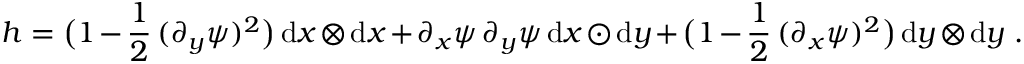
h = \big ( 1 - \frac 1 2 \, ( \partial _ { y } \psi ) ^ { 2 } \big ) \, \mathrm { d } x \otimes \mathrm { d } x + \partial _ { x } \psi \, \partial _ { y } \psi \, \mathrm { d } x \odot \mathrm { d } y + \big ( 1 - \frac 1 2 \, ( \partial _ { x } \psi ) ^ { 2 } \big ) \, \mathrm { d } y \otimes \mathrm { d } y \ .